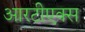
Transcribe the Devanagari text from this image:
आरटीएक्स